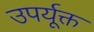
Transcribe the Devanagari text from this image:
उपर्यूक्त